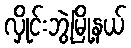
လှိုင်းဘွဲ့မြို့နယ်